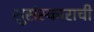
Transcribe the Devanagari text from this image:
सुसंस्काराची